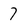
Character: 7